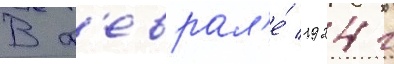
В ф'еврал'е́ 1924 г